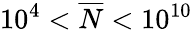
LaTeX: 10^{4}<\overline{{N}}<10^{10}